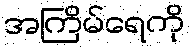
အကြိမ်ရေကို